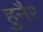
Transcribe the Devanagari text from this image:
हुनैर